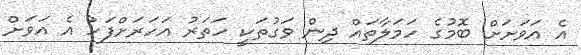
އެ އަވަށަށް ބޮމުގެ ހަމަލާތައް ދިން ވަގުތަކީ ހަތަރު އަހަރަށްފަހު އެ އަވަށް